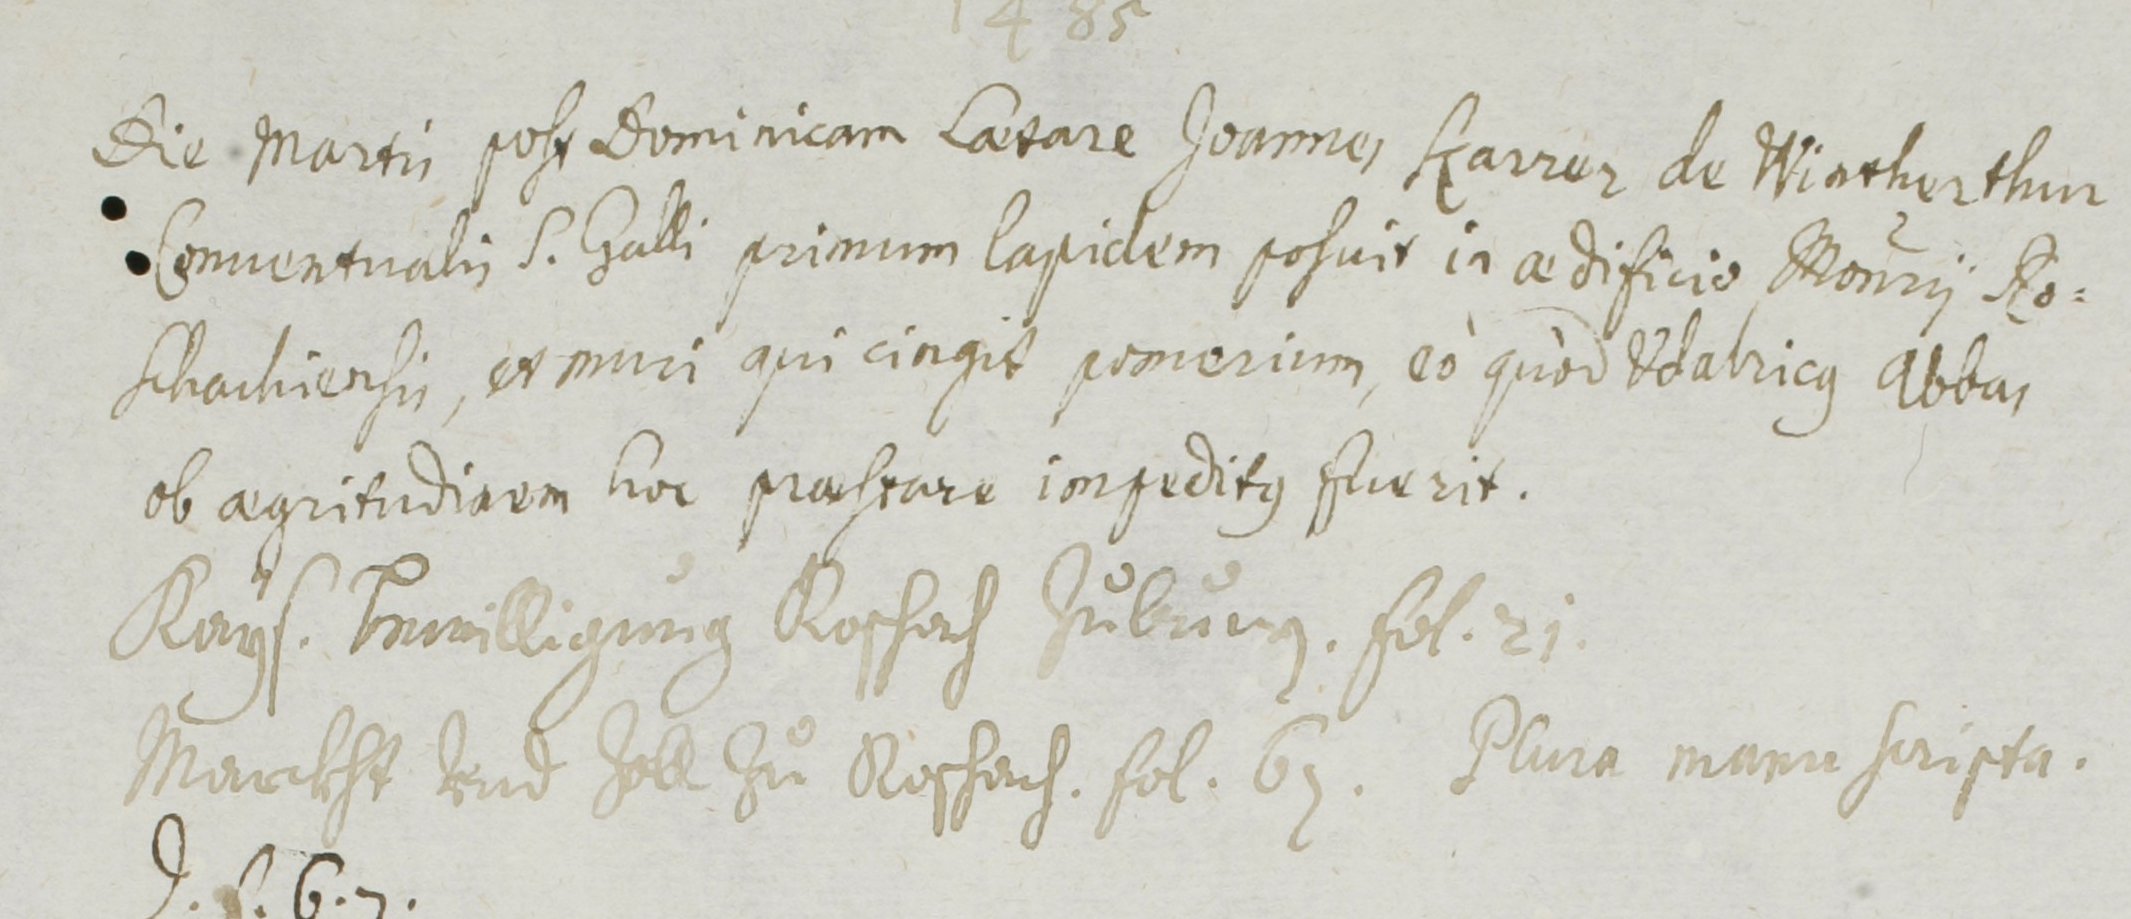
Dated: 1400–1699